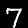
Label: 7